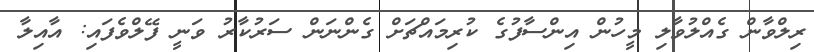
ރިލްވާން ގެއްލުވާލި މީހުން އިންސާފުގެ ކުރިމައްޗަށް ގެންނަން ސަރުކާރު ވަނީ ފޭލްވެފައި: އާއިލާ